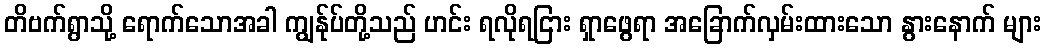
တိဗက်ရွာသို့ ရောက်သောအခါ ကျွန်ုပ်တို့သည် ဟင်း ရလိုရငြား ရှာဖွေရာ အခြောက်လှမ်းထားသော နွားနောက် များ